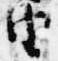
由